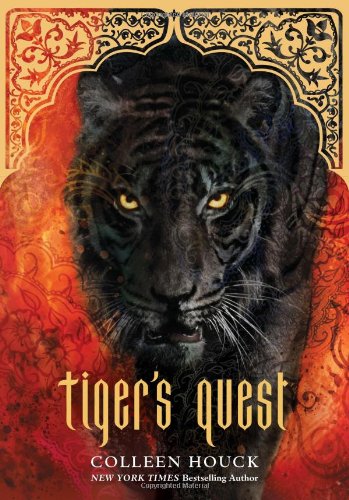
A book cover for Tiger's Quest (Book 2 in the Tiger's Curse Series); Colleen Houck; Teen & Young Adult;